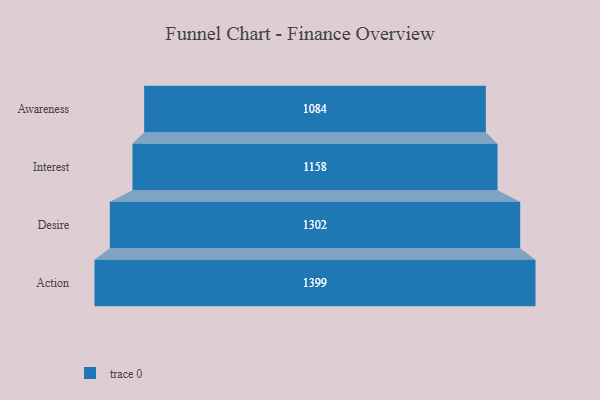
{"axis": {"x": "Stage", "y": "Value"}, "legend": [""], "data": [{"x": "Awareness", "y": 1084.0, "type": ""}, {"x": "Interest", "y": 1158.0, "type": ""}, {"x": "Desire", "y": 1302.0, "type": ""}, {"x": "Action", "y": 1399.0, "type": ""}]}